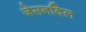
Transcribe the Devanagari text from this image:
जेसनविल